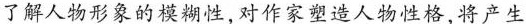
了解人物形象的模糊性,对作家塑造人物性格,将产生